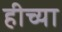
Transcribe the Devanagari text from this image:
हीच्या